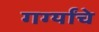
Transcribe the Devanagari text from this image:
गर्ग्यांचे